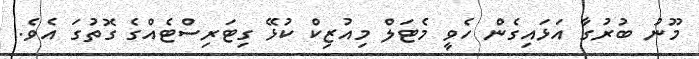
މޫނު ބުރުގާ އަޅައިގެން ހެވީ މެޓަލް މިއުޒިކް ކުޅޭ ގިޓަރިސްޓެއްގެ ގޮތުގަ އެވެ.